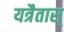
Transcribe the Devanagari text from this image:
यत्रैतास्‌